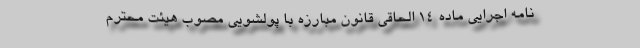
نامه اجرایی ماده ۱۴ الحاقی قانون مبارزه با پولشویی مصوب هیئت محترم